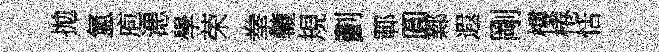
拋氳庖漶學荣拳轆規劃鄆圓鄴遐剛樓棬恬